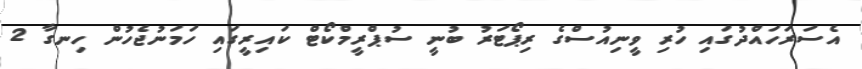
އެސަރަހައްދުގައި ހުރި ވީނިއުސްގެ ރިޕޯޓަރު ބުނީ ސުޕްރީމްކޯޓް ކައިރީގައި ހަމަނުޖެހުން ހިނގާ 2